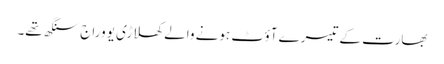
بھارت کے تیسرے آؤٹ ہونے والے کھلاڑی یووراج سنگھ تھے۔